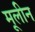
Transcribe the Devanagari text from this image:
मूलीन